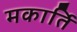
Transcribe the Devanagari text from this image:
मकार्ति